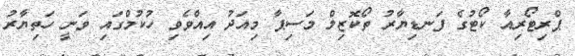
ޕްރިޓޯރިއާ ކޯޓުގެ ފަނޑިޔާރު ތޯކޮޒިލް މަސިޕާ މިއަދު އިއްވެވި ހުކުމްގައި ވަނީ ހަތިޔާރު